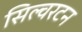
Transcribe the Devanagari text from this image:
सिल्वरटन